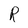
Character: R